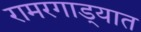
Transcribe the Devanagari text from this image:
रामरगाड्यात